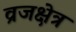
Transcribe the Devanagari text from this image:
व्रजक्षेत्र